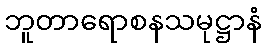
ဘူတာရောစနသမုဋ္ဌာနံ